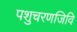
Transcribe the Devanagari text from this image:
पशुचरणजिवि